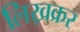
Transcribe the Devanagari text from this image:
लिख्रक्रर